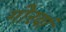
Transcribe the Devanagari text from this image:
गोरवां